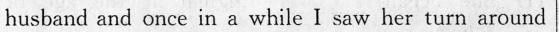
hushsnd snd once in a while I snw her turn arrund